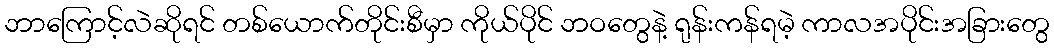
ဘာကြောင့်လဲဆိုရင် တစ်ယောက်တိုင်းစီမှာ ကိုယ်ပိုင် ဘဝတွေနဲ့ ရုန်းကန်ရမဲ့ ကာလအပိုင်းအခြားတွေ